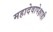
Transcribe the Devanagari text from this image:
महादेवापेक्षाही